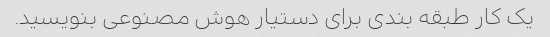
یک کار طبقه بندی برای دستیار هوش مصنوعی بنویسید.